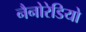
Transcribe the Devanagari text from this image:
नैनोरेडियो